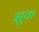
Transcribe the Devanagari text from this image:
झूक